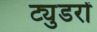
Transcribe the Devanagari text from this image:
ट्युडरों